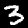
Digit: 3